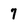
Character: 7